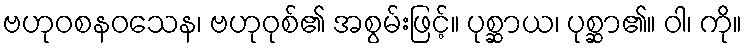
ဗဟုဝစနဝသေန၊ ဗဟုဝုစ်၏ အစွမ်းဖြင့်။ ပုစ္ဆာယ၊ ပုစ္ဆာ၏။ ဝါ၊ ကို။